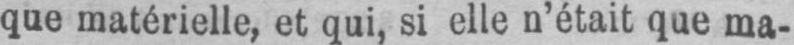
que matérielle, et qui, si elle n’était que ma-